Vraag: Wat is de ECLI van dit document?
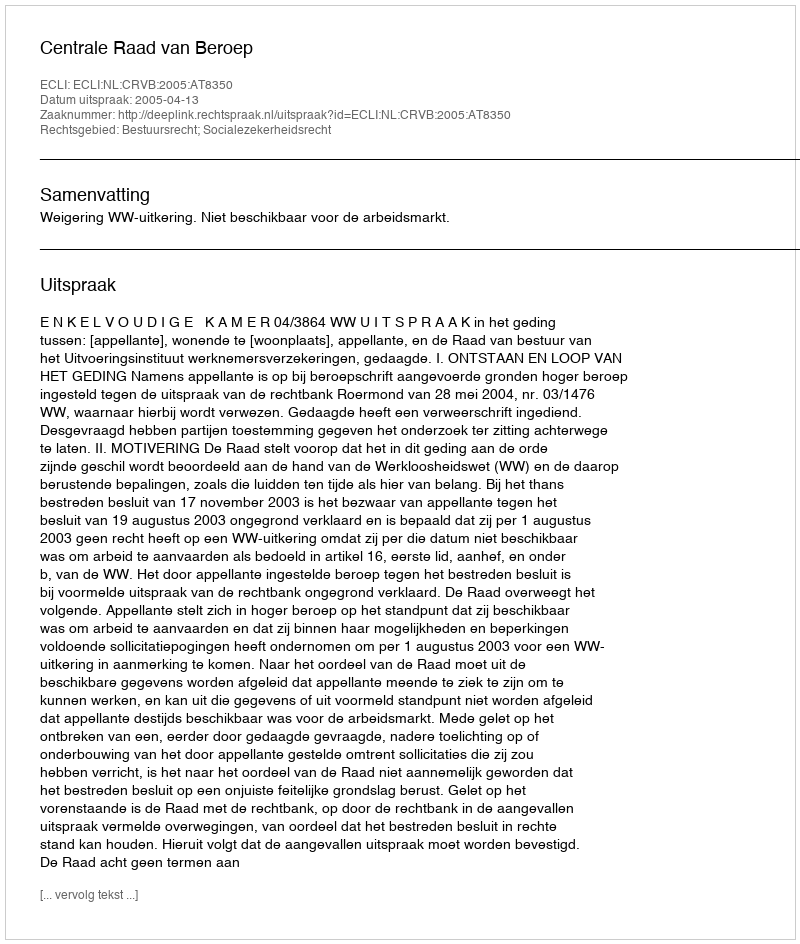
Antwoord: ECLI:NL:CRVB:2005:AT8350